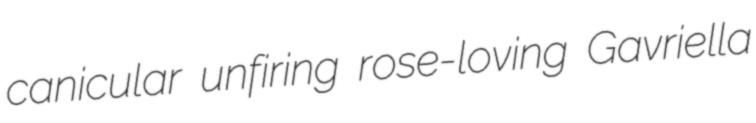
canicular unfiring rose-loving Gavriella